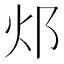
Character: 邩